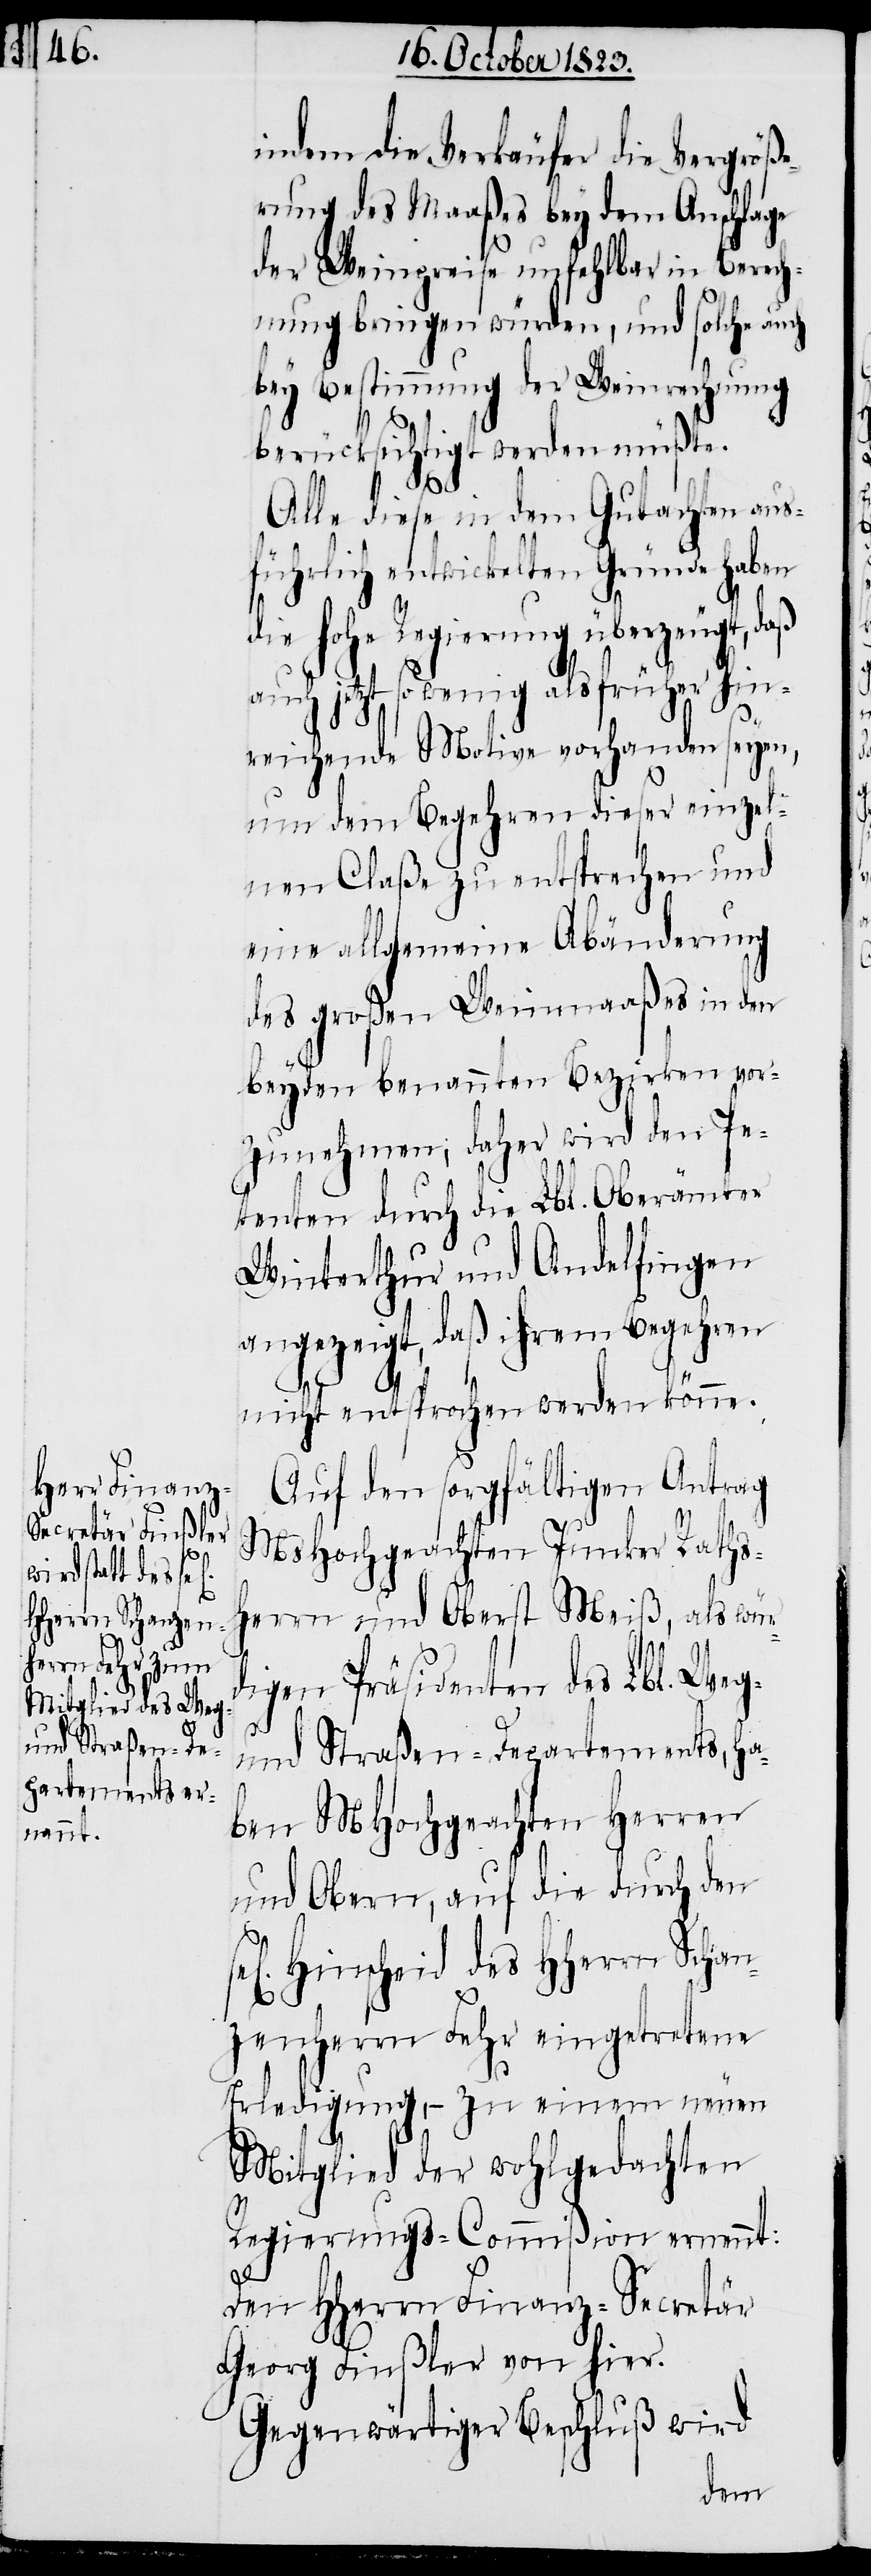
indem die Verkäufer die Vergröße¬
rung des Maaßes bey dem Anschlage
der Weinpreise unfehlbar in Berech¬
nung bringen würden, und solche auch
bey Bestimmung der Weinrechnung
berücksichtigt werden müßte.
Alle diese in dem Gutachten aus¬
führlich entwickelten Gründe haben
die hohe Regierung überzeugt,
auch jetzt so wenig als früher hin¬
reichende Motive vorhanden seyen,
um dem Begehren dieser einzel¬
nen Claße zu entsprechen und
eine allgemeine Abänderung
des großen Weinmaaßes in den
beyden benannten Bezirken vor¬
zunehmen; daher wird den Pe¬
tenten durch die Lbl. Oberämter
Winterthur und Andelfingen
angezeigt, daß ihrem Begehren
nicht entsprochen werden könne.
Auf den sorgfältigen Antrag
MsHochgeachten Junker Raths¬
herrn und Oberst Meiß, als wür¬
digen Präsidenten des Lbl. Weg-
und Straßen-Departements, ha¬
ben MHochgeachten Herren
und Obern, auf die durch den
Hinscheid des HHerrn Schan¬
zenherrn Fehr eingetretene
Erledigung, − zu einem neuen
Mitglied der wohlgedachten
Regierungs-Commißion ernennt:
Den HHerrn Finanz-Secretär
Georg Finßler von hier.
Gegenwärtiger Beschluß wird